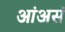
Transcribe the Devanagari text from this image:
आंअसं